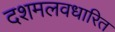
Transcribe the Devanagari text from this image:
दशमलवधारित